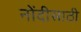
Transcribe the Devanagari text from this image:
नोंदीसाठी